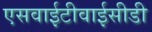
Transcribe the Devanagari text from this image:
एसवाईटीवाईसीडी